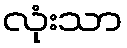
လုံးသာ